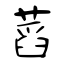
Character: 蓞